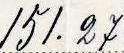
151.27